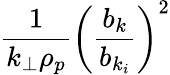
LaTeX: \frac{1}{k_{\perp}\rho_{p}}\bigg(\frac{b_{k}}{b_{k_{i}}}\bigg)^{2}